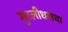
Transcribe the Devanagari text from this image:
मुरलीधरांचा